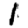
Digit: 1